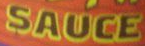
SAUCE